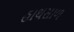
હાથસાળ